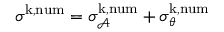
\begin{array} { r } { \sigma ^ { \mathrm { k , n u m } } = \sigma _ { \mathcal { A } } ^ { \mathrm { k , n u m } } + \sigma _ { \theta } ^ { \mathrm { k , n u m } } } \end{array}